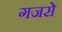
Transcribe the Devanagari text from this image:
गजरो